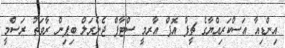
އިންޑިއާ އަސްކަރިއްޔާގެ ޗީފް އޮފް އާރމީ ސްޓާފް ޖެނެރަލް ބިޕިން ރާވަތު ރަސްމީ